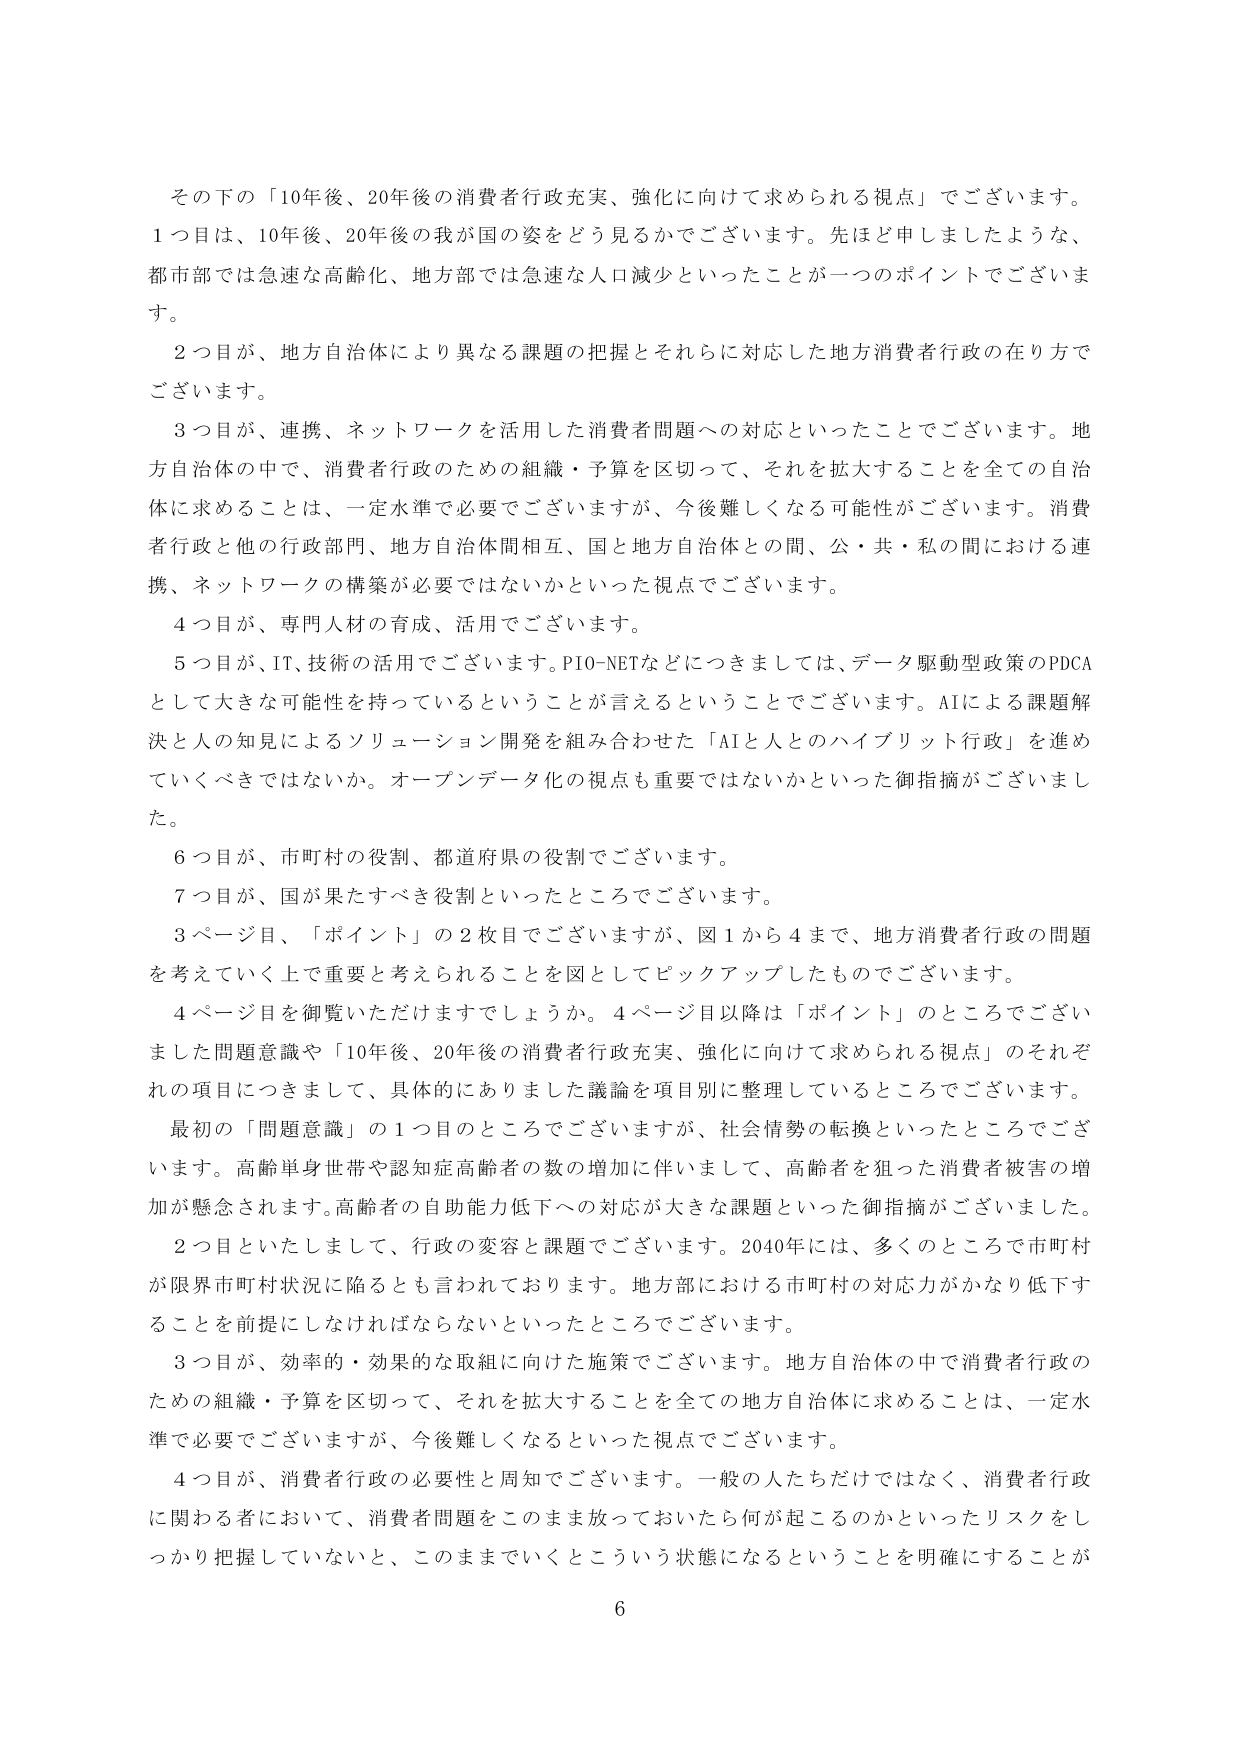
その下の「10年後、20年後の消費者行政充実、強化に向けて求められる視点」でございます。
1つ目は、10年後、20年後の我が国の姿をどう見るかでございます。先ほど申しましたような、
都市部では急速な高齢化、地方部では急速な人口減少といったことが一つのポイントでございます。
2つ目が、地方自治体により異なる課題の把握とそれらに対応した地方消費者行政の在り方で
ございます。
3つ目が、連携、ネットワークを活用した消費者問題への対応といったことでございます。地方自治体の中で、消費者行政のための組織・予算を区切って、それを拡大することを全ての自治体に求めるることは、一定水準で必要でございますが、今後難しくなる可能性がございます。消費者行政と他の行政部門、地方自治体間相互、国と地方自治体との間、公・共・私の間における連携、ネットワークの構築が必要ではないかといった視点でございます。
4つ目が、専門人材の育成、活用でございます。
5つ目が、IT、技術の活用でございます。PIO-NETなどにつきましては、データ駆動型政策のPDCAとして大きな可能性を持っているということが言えるということでございます。AIによる課題解決と人の知見によるソリューション開発を組み合わせた「AIと人とのハイブリット行政」を進めていくべきではないか。オープンデータ化の視点も重要ではないかといった御指摘がございました。
6つ目が、市町村の役割、都道府県の役割でございます。
7つ目が、国が果たすべき役割といったところでございます。
3ページ目、「ポイント」の2枚目でございますが、図1から4まで、地方消費者行政の問題を考えていく上で重要と考えられることを図としてピックアップしたものでございます。
4ページ目を御覧いただけますでしょうか。4ページ目以降は「ポイント」のところでございました問題意識や「10年後、20年後の消費者行政充実、強化に向けて求められる視点」のそれぞれの項目につきまして、具体的にありました議論を項目別に整理しているところでございます。
最初の「問題意識」の1つ目のところでございますが、社会情勢の転換といったところでございます。高齢単身世帯や認知症高齢者の数の増加に伴いまして、高齢者を狙った消費者被害の増加が懸念されます。高齢者の自助能力低下への対応が大きな課題といった御指摘がございました。
2つ目といたしまして、行政の変容と課題でございます。2040年には、多くのところで市町村が限界市町村状況に陥るとも言われております。地方部における市町村の対応力がかなり低下することを前提にしなければならないといったところでございます。
3つ目が、効率的・効果的な取組に向けた施策でございます。地方自治体の中で消費者行政のための組織・予算を区切って、それを拡大することを全ての地方自治体に求めるることは、一定水準で必要でございますが、今後難しくなるといった視点でございます。
4つ目が、消費者行政の必要性と周知でございます。一般の人たちだけではなく、消費者行政に関わる者において、消費者問題をこのまま放っておいたら何が起こるのかといったリスクをしっかり把握していないと、このままでいくとこういう状態になるということを明確にすることが

6